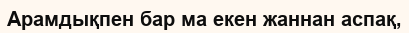
Арамдықпен бар ма екен жаннан аспақ,